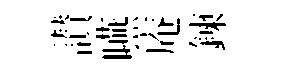
讃嚥庵鍊